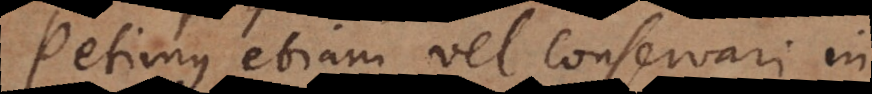
Petimus etiam vel conservari in